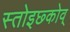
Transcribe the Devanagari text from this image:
स्तोइछ्कोव्